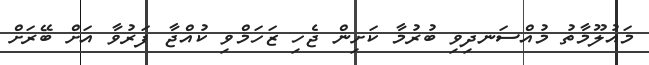
މައުލޫމާތު މުއްސަނދިވި ބުރުމާ ކަށިން ޖެހި ޒަހަމްވި ކުއްޖާ ފަރުވާ އަށް ބޭރަށް